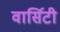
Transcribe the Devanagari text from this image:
वार्सिटी